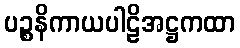
ပဉ္စနိကာယပါဠိအဋ္ဌကထာ